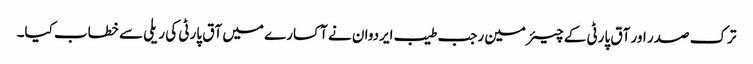
ترک صدر اور آق پارٹی کے چیئرمین رجب طیب ایردوان نے آکسارے میں آق پارٹی کی ریلی سے خطاب کیا۔